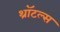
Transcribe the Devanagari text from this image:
थ्रॉटल्स